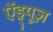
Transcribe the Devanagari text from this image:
ऐंड्र्यूज़